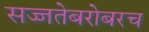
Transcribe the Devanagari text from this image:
सज्जतेबरोबरच